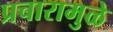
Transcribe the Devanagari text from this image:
प्रचारामुळे